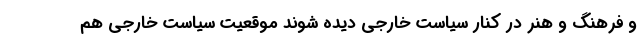
و فرهنگ و هنر در کنار سیاست خارجی دیده شوند موقعیت سیاست خارجی هم